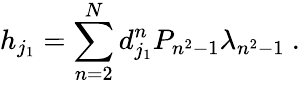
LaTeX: {h}_{j_{1}}=\sum_{n=2}^{N}d_{j_{1}}^{n}P_{n^{2}-1}\lambda_{n^{2}-1}\ .